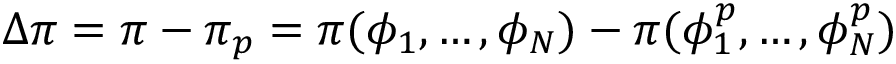
\Delta \pi = \pi - \pi _ { p } = \pi ( \phi _ { 1 } , \ldots , \phi _ { N } ) - \pi ( \phi _ { 1 } ^ { p } , \ldots , \phi _ { N } ^ { p } )